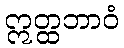
ဣတ္ထဘာဝံ